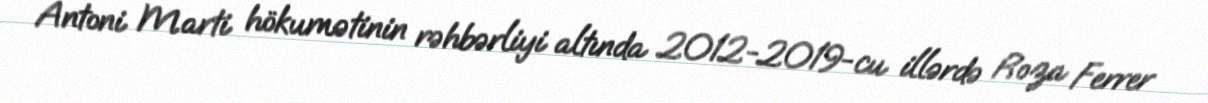
Antoni Marti hökumətinin rəhbərliyi altında 2012-2019-cu illərdə Roza Ferrer